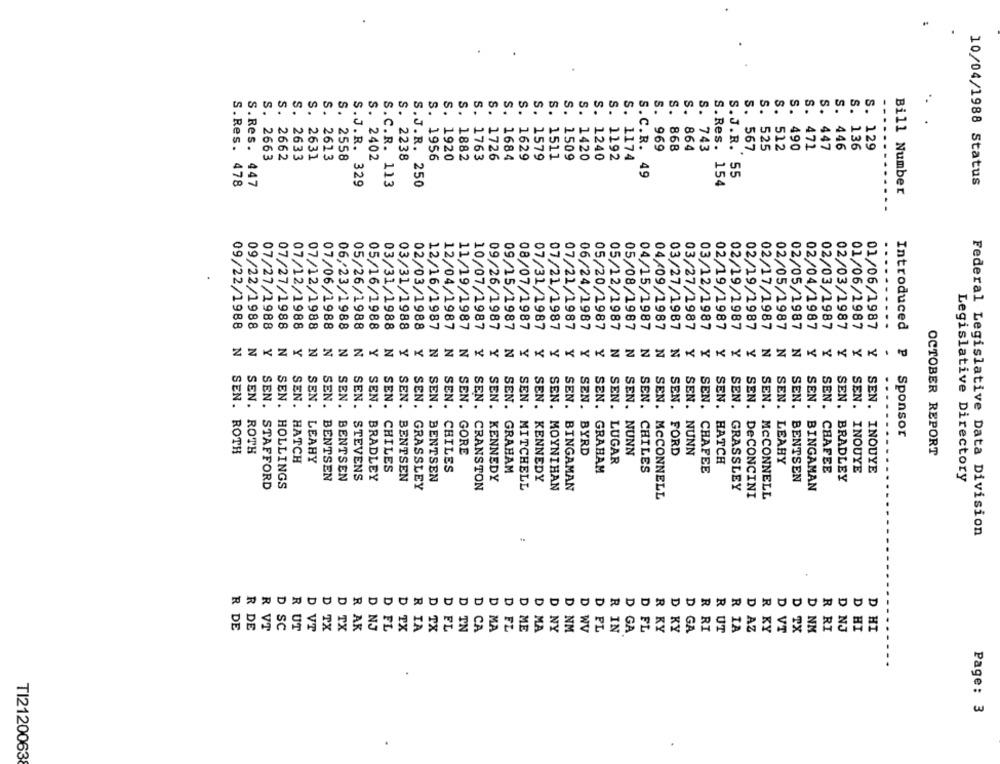
S.
s.
S. 864
S. 525
S. 447
S. 446
S. 136
S. 129
S. 969
S. 868
S. 743
S. 567
S. 512
S. 471
S. 2663
S. 2662
S. 2633
S. 2631
S. 2613
S. 2558
s. 2402
S. 2238
S. 1956
S. 1920
S. 1882
S. 1763
S. 1726
S. 1684
1629
S. 1579
S. 1511
S. 1509
S. 1420
S. 1240
S. 1192
S. 1174
S.C.R. 49
S.Res. 478
S.Res. 447
S.J.R. 329
S.C.R. 113
S.J.R. 250
S.Res. 154
10/04/1988 Status
Bill Number
.......
09/22/1988
09/22/1988
07/27/1988
07/27/1988
07/12/1988
07/12/1988
07/06/1988
06/23/1988
05/26/1988
05/16/1988
03/31/1988
03/31/1988
02/03/1988
12/16/1987
12/04/1987
11/19/1987
10/07/1987
09/26/1987
09/15/1987
08/07/1987
07/31/1987
07/21/1987
07/21/1987
06/24/1987
05/20/1987
05/12/1987
04/09/1987
03/27/1987
03/27/1987
03/12/1987
02/19/1987
02/19/1987
02/19/1987
02/17/1987
02/04/1987
02/03/1987
01/06/1987
Introduced
05/08/1987
04/15/1987
02/05/1987
02/05/1987
02/03/1987
01/06/1987
N
.
N
Y
N
y
N
N
N
IN
Y
N
Y
Y
N
N
N
Y
N
Y
Y
Y
Y
Y
Y
N
N
N
N
N
Y
Y
Y
Y
Y
N
N
N
Y
Y
Y
Y
Y
SEN.
SEN.
SEN.
SEN.
SEN.
SEN.
SEN.
SEN.
Sponsor
SEN. ROTH
SEN. ROTH
SEN. GORE
SEN. BYRD
NUNN
FORD
SEN. NUNN
OCTOBER REPORT
SEN. HATCH
SEN. LEAHY
SEN. CHILES
SEN. LUGAR
SEN. HATCH
SEN. LEAHY
SEN. CHILES
GRAHAM
SEN. GRAHAM
CHILES
SEN. CHAFEE
SEN. CHAFEE
SEN. INOUYE
SEN. INOUYE
SEN. BENTSEN
SEN. BENTSEN
SEN. STEVENS
SEN. BRADLEY
SEN. BENTSEN
SEN. BENTSEN
KENNEDY
KENNEDY
SEN. BENTSEN
SEN. BRADLEY
Legislative Directory
SEN. STAFFORD
SEN. HOLLINGS
SEN. GRASSLEY
CRANSTON
MITCHELL
MOYNIHAN
SEN. BINGAMAN
GRASSLEY
BINGAMAN
MCCONNELL
SEN. DeCONCINI
SEN. MCCONNELL
Federal Legislative Data Division
D
R
D
D
D
R
R
R
D
D
R
D
R
D
R DE
R VT
UT
D FL
A
PX
:A
FL
LA
NY
NM
KY
D HI
D HI
R DE
WV
FL
GA
GA
R IA
D TX
D NK
R RI
D NJ
Page: 3
TI2120063